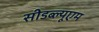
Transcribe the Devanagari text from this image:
सीडब्ल्यूएम